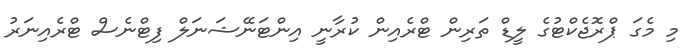
މި މެގަ ޕްރޮޖެކްޓުގެ ލީޑް ތަރިން ޓްރެއިން ކުރާނީ އިންޓަނޭޝަނަލް ފިޓްނެސް ޓްރެއިނަރު